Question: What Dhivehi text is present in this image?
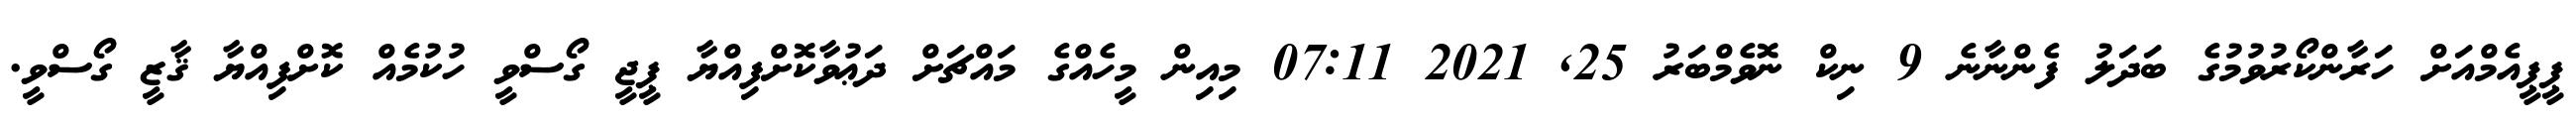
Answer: ޕީޕީއެމްއަށް ހަރާންކޯރުވުމުގެ ބަދަލު ފެންނާނެ 9 ނިކް ނޮވެމްބަރު 25, 2021 07:11 މިއިން މީހެއްގެ މައްޗަށް ދަޢުވާކޮށްފިއްޔާ ޕީޖީ ގޯސްވީ ހުކުމެއް ކޮށްފިއްޔާ ޤާޒީ ގޯސްވީ.